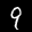
Label: 9